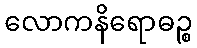
လောကနိရောဓဉ္စ